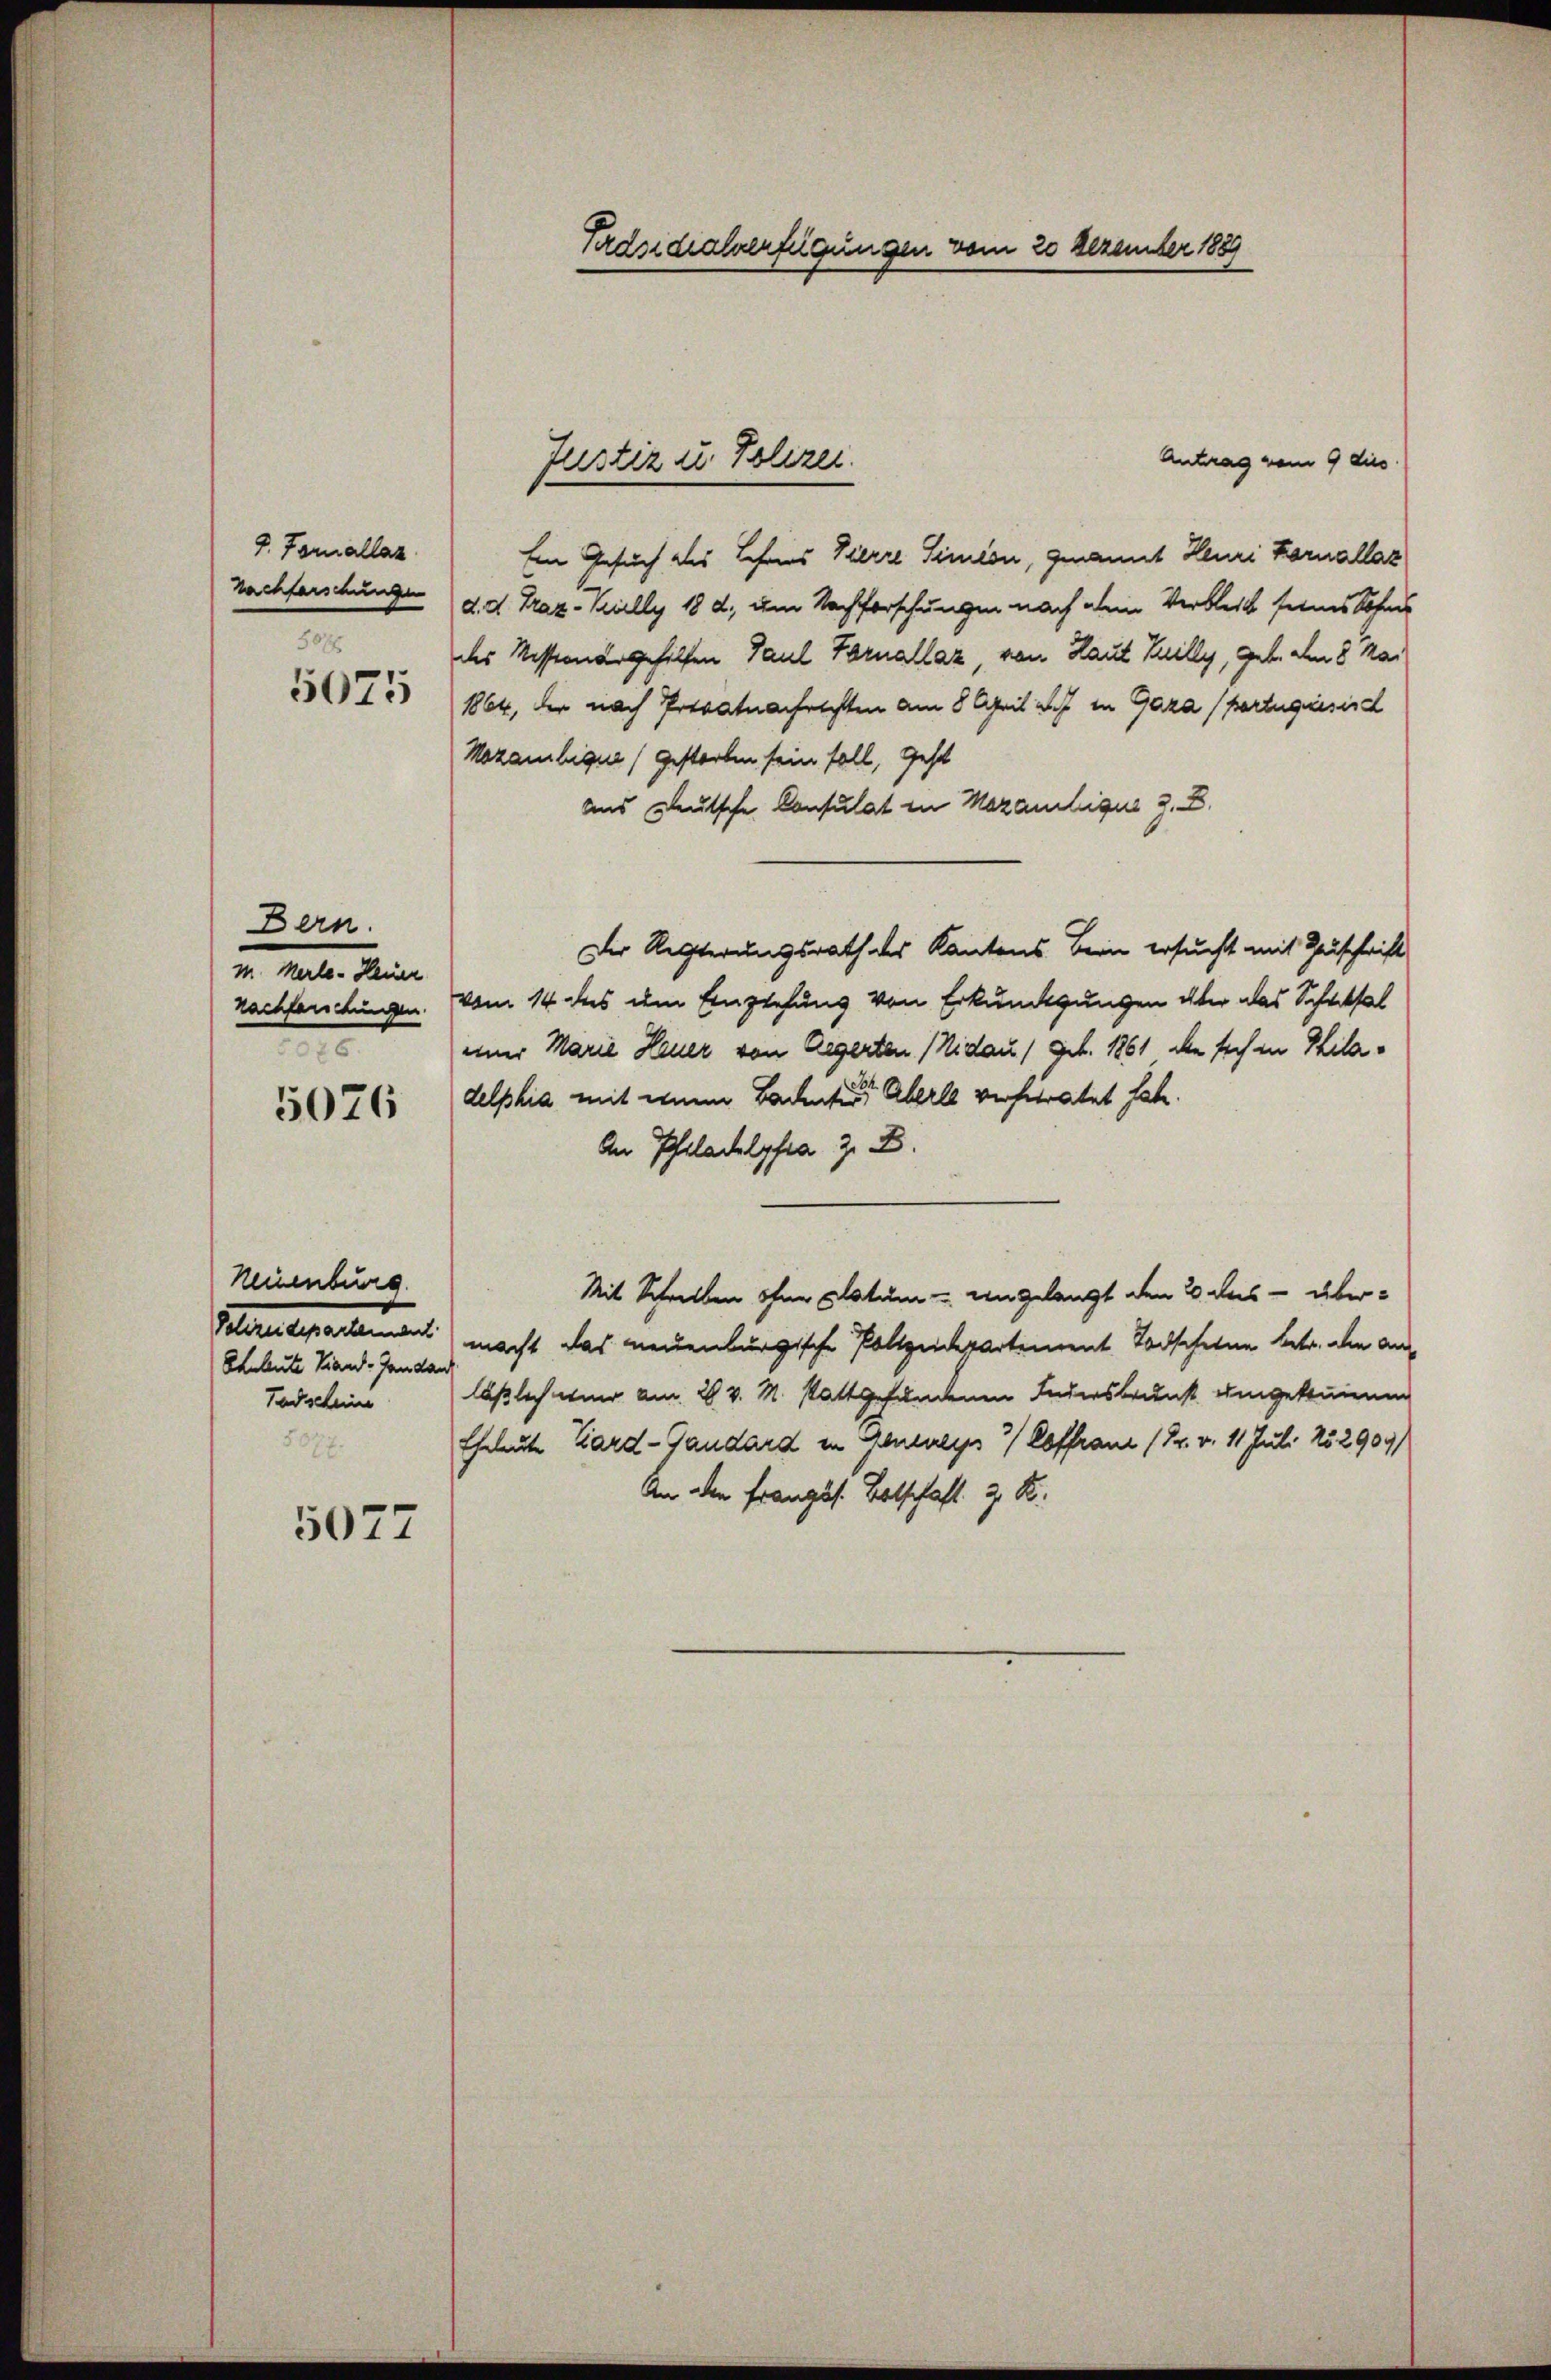
8. Formallaz
Tachforschunge
507

5075

Bern.
velte keine
nachforschungen.

5076

Neuenburg.
Polizeidepartement
Ehnleute Piand-Jandan
Todscheine

5077

Trdsidialverfügungen vom 20 Dezember 1889

Antrag vom 9 dies
Ein Gesuch des Lehens Vierre Simeon, genannt Heuri Kornallaz
d. d. Traz- Kully 182, um Nachforschungen nach dein Verbleib seines Sohne
des Wissernergehilfen Paul Farnallaz, von Haut Heilly, geb. den 8 kar
1864, der nach Privatuarfrechten am 8 April d. J. in Gaza (fortugisisc
Mozambique (gestorben sein soll, Geset
aus deutsche Consulat in Mezantique z. B.
Der Regierungsrath des Kantons Bein ersucht mit Zuschrift
vom 14 des um Einziehung von Erkundigungen aber das Schicksal
einer Marie Heuer von Aegerten (Nidau / geb. 1861 den sich in Philadelphia mit einem Bachente Aberle verheiratet habe.
An Philadelphia z. B.
Mit Schreiben ohne Datum u. angelangt den 2. das - übermacht das neuenburgische Polizeidepartement Todscheine betr. die anläßlich wir am 28. v. M. stattgefundenen Indersbrunst umgekommenen
Eheleute Kard-Gandard in Genealyps / Coffrau (24. v. 11. Juli 152909)
An den Französ. Botschaft z. R.

Justiz u. Polizei.